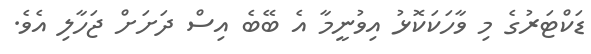
ޑަކްޓަރުގެ މި ވާހަކަކޮޅު އިވުނީމާ އެ ބޭބެ އިސް ދަށަށް ޖަހާލި އެވެ.